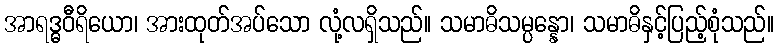
အာရဒ္ဓဝီရိယော၊ အားထုတ်အပ်သော လုံ့လရှိသည်။ သမာဓိသမ္ပန္နော၊ သမာဓိနှင့်ပြည့်စုံသည်။